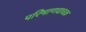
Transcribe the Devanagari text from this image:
परिमाणवाचक